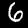
Label: 6